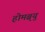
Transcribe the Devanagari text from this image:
होमब्र्यु